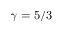
\gamma = 5 / 3